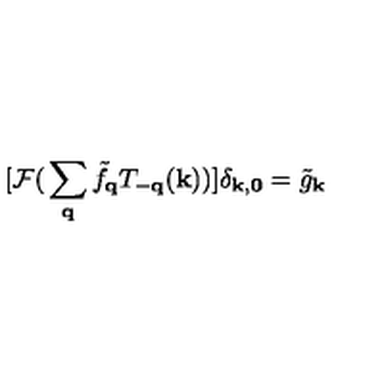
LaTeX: [ { \mathcal { F } } ( \mathrm { } \sum _ { { \bf { q } } } { \tilde { f } } _ { { \bf { q } } } T _ { - { \bf { q } } } ( { \bf { k } } ) \mathrm { } ) ] \mathrm { } \delta _ { { \bf { k } } , { \bf { 0 } } } = { \tilde { g } } _ { { \bf { k } } }